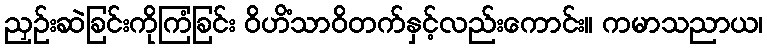
ညှဉ်းဆဲခြင်းကိုကြံခြင်း ဝိဟိံသာဝိတက်နှင့်လည်းကောင်း။ ကမာသညာယ၊